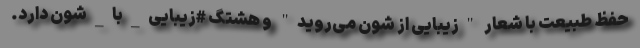
حفظ طبیعت با شعار "زیبایی از شون می‌روید" و هشتگ #زیبایی_با_شون دارد.